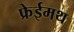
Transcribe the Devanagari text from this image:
फ्रेईमथ